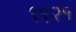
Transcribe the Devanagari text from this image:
९९२१